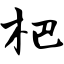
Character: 杷